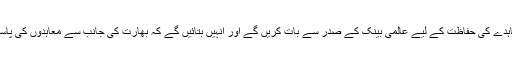
پاکستانی سفیر نے کہا کہ معاہدے کی حفاظت کے لیے عالمی بینک کے صدر سے بات کریں گے اور انہیں بتائیں گے کہ بھارت کی جانب سے معاہدوں کی پاسداری نہ کرنا غلط بات ہوگی۔